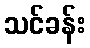
သင်ခန်း